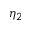
\eta _ { 2 }